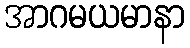
အာဂမယမာနာ